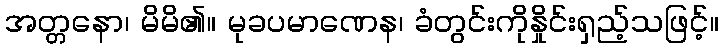
အတ္တနော၊ မိမိ၏။ မုခပမာဏေန၊ ခံတွင်းကိုနှိုင်းရှည့်သဖြင့်။